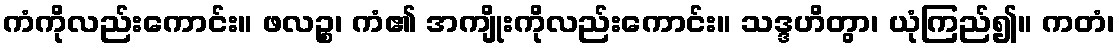
ကံကိုလည်းကောင်း။ ဖလဉ္စ၊ ကံ၏ အကျိုးကိုလည်းကောင်း။ သဒ္ဒဟိတွာ၊ ယုံကြည်၍။ ကတံ၊